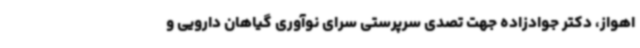
اهواز، دکتر جوادزاده جهت تصدی سرپرستی سرای نوآوری گیاهان دارویی و